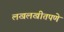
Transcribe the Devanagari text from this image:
लखलखीतपणे